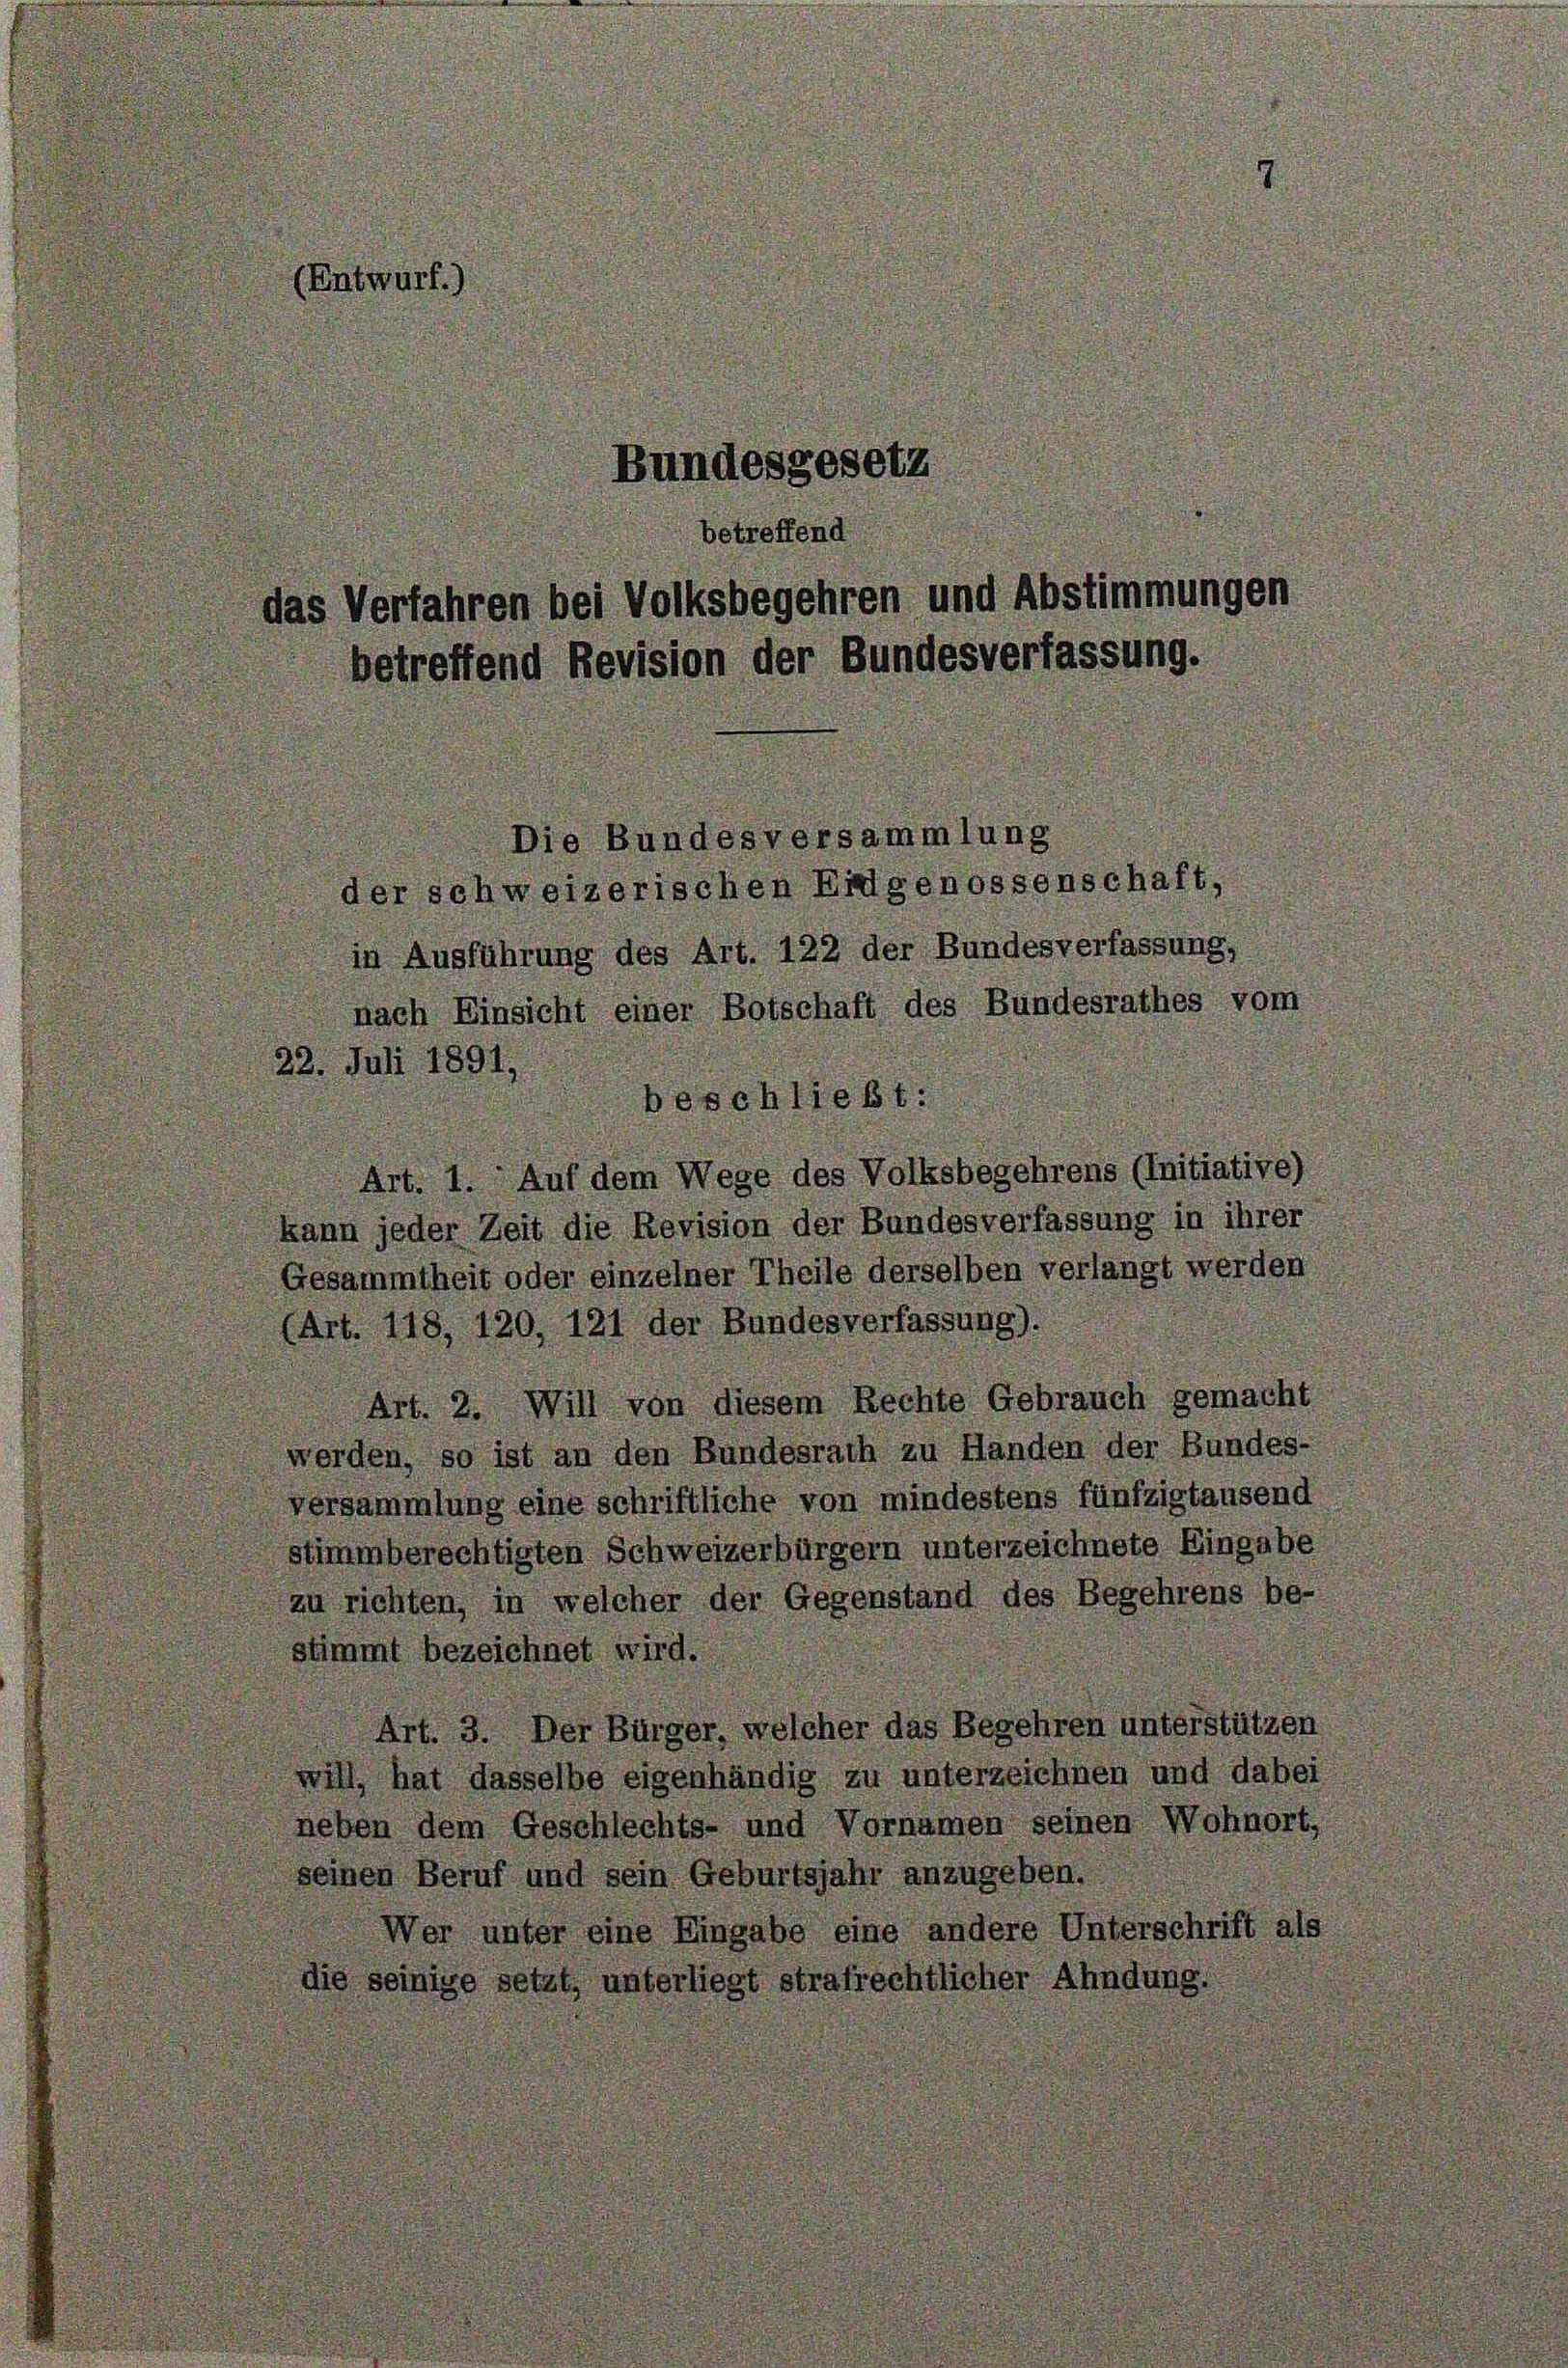
(Entwurf.)

Bundesgesetz
betreffend
das Verfahren bei Volksbegehren und Abstimmungen
betreffend Revision der Bundesverfassung.

Die Bundesversam,
der schweizerischen Eidgenosse
in Ausführung des Art. 122 der Bundesverfassun
nach Einsicht einer Botschaft des Bundesrathes von
22. Juli 1891
schließt
1. Auf dem Wege des Volksbegehrens (Init
kann jeder Zeit die Revision der Bundesverfassung in ihrer
Gesammtheit oder einzelner Theile derselben verlangt werden
(Art. 118, 120, 121 der Bundesverfassung).
rt. 2. Will von diesem Rechte Gebrauch gemacht
werden, so ist an den Bundesrath zu Handen der Bundes-
versammlung eine schriftliche von mindestens fünfzigtausend
stimmberechtigten Schweizerbürgern unterzeichnete Eingabe
zu richten, in welcher der Gegenstand des Begehrens
stimmt bezeichnet wird.
Bürger, welcher das Begehren unterstüt
hat dasselbe eigenhändig zu unterzeichnen und dabei
neben dem Geschlechts- und Vornamen seinen Wohnor
seinen Beruf und sein Geburtsjahr anzugeben.
er unter eine Eingabe eine andere Unterschrift
einige setzt, unterliegt strafrechtlicher Ahndung